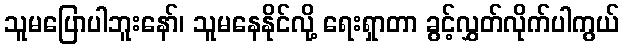
သူမပြောပါဘူးနော်၊ သူမနေနိုင်လို့ ရေးရှာတာ ခွင့်လွှတ်လိုက်ပါကွယ်